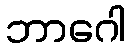
ဘာဂေါ